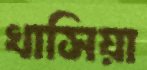
খাসিয়া